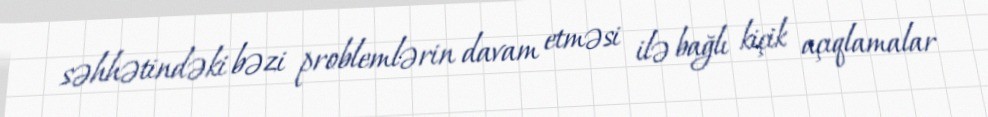
səhhətindəki bəzi problemlərin davam etməsi ilə bağlı kiçik açıqlamalar